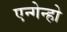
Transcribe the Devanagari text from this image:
एन्गेन्हो